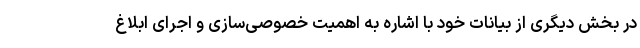
در بخش دیگری از بیانات خود با اشاره به اهمیت خصوصی‌سازی و اجرای ابلاغ